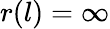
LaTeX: r(l)=\infty